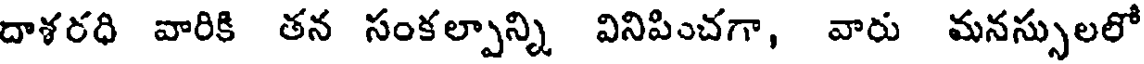
దాశరధి వారికి తన సంకల్పాన్ని వినిపించగా, వారు మనస్సులలో